Report on sanitation, dispensaries, and jails in Rajputana for 1917, and on vaccination for the year 1917-1918 - 1917-1918
Year: 1917
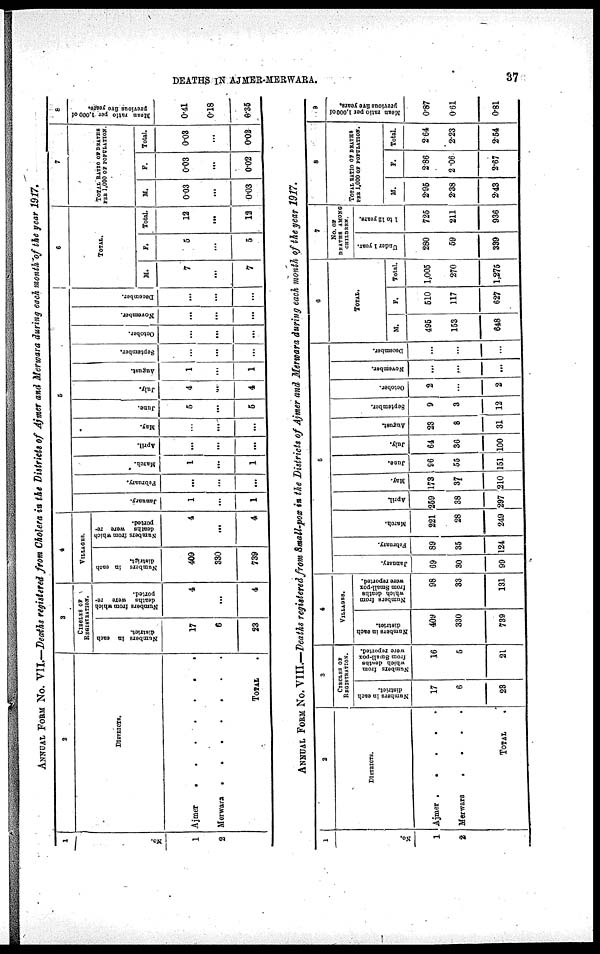
DEATHS IN AJMER-MERWARA.
37
ANNUAL FORM No. VII.—Deaths registered from Cholera in the Districts of Ajmer and Merwara during each month of the year 1917.
1
No.
1
2
2
DISTRICTS.
Ajmer . . . . . . .
Merwara . . . . . . .
TOTAL .
3
CIRCLES OF
REGISTRATION.
Numbers in each
district.
17
6
23
Numbers from which
deaths were re-
ported.
4
...
4
4
VILLAGES.
Numbers in each
district.
409
330
739
Numbers from which
deaths were re-
ported.
4
...
4
5
January.
1
...
1
February.
...
...
...
March.
1
...
1
April.
...
...
...
May.
...
...
...
June.
5
...
5
July.
4
...
4
August.
1
...
1
September.
...
...
...
October.
...
...
...
November.
...
...
...
December.
...
...
...
5
TOTAL.
M.
7
...
7
F.
5
...
5
Total.
12
...
12
7
TOTAL RATIO OF DEATHS
PER 1,000 OF POPULATION.
M.
0.03
...
0.03
F.
0.03
...
0.02
Total.
0.03
...
0.02
8
Mean ratio per 1,000 of
previous five years.
0.41
0.18
0.35
ANNUAL FORM No. VIII.—Deaths registered from Small-pox in the Districts of Ajmer and Merwara during each month of the year 1917.
1
No.
1
2
2
DISTRICTS.
Ajmer
.
.
.
.
.
Merwara
.
.
.
.
TOTAL
.
3
CIRCLES OF
REGISTRATION.
Numbers in each
district.
17
6
23
Numbers from
which deaths
from Small-pox
were reported.
16
5
21
4
VILLAGES.
Numbers in each
district.
409
330
739
Numbers from
which deaths
from Small-pox
were reported.
98
33
131
5
January.
69
30
99
February.
89
35
124
March.
221
28
249
April.
259
38
297
May.
173
37
210
June.
96
55
151
July.
64
36
100
August.
23
8
31
September.
9
3
12
October.
2
...
2
November.
...
...
...
December.
...
...
...
6
TOTAL.
M.
495
153
648
F.
510
117
627
Total.
1,005
270
1,275
7
NO. OF
DEATHS AMONG
CHILDREN.
Under 1 year.
280
59
339
1 to 12 years.
725
211
936
8
TOTAL RATIO OF DEATHS
PER 1,000 OF POPULATION.
M.
2.95
2.38
2.43
F.
2.86
2.06
2.67
Total.
2.64
2.23
2.54
9
Mean ratio per 1,000 of
previous five years.
0.87
0.61
0.81